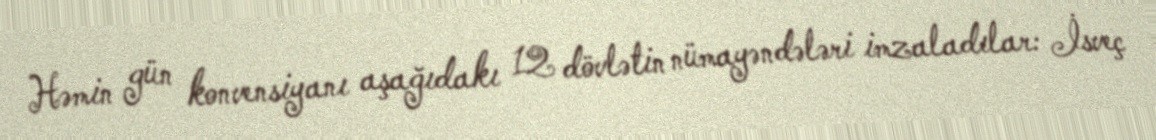
Həmin gün konvensiyanı aşağıdakı 12 dövlətin nümayəndələri imzaladılar: İsveç